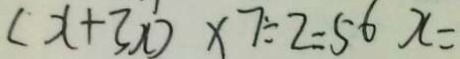
( x + 3 x ) \times 7 \div 2 = 5 6 x =